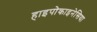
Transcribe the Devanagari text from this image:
हाइपोकाइनेसिया